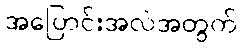
အပြောင်းအလဲအတွက်